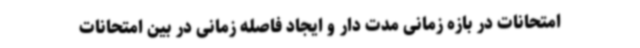
امتحانات در بازه زمانی مدت دار و ایجاد فاصله زمانی در بین امتحانات